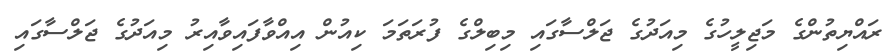
ރައްޔިތުންގެ މަޖިލީހުގެ މިއަދުގެ ޖަލްސާގައި މިބިލްގެ ފުރަތަމަ ކިއުން އިއްވާފައިވާއިރު މިއަދުގެ ޖަލްސާގައި